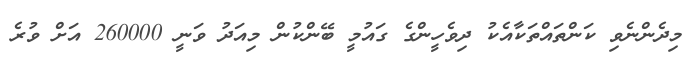
މިދެންނެވި ކަންތައްތަކާއެކު ދިވެހީންގެ ގައުމީ ބޭންކުން މިއަދު ވަނީ 260000 އަށް ވުރެ